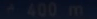
400m